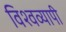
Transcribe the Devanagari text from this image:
विश्‍वव्‍यापी